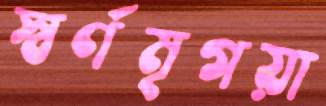
স্বর্ণমৃগয়া